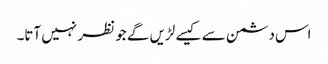
اس دشمن سے کیسے لڑیں گے جو نظر نہیں آتا۔